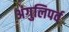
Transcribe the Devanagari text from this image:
अंगुलिपर्व